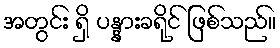
အတွင်း ရှိ ပန္နားခရိုင် ဖြစ်သည်။